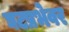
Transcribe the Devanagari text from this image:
घटप्रभेवर